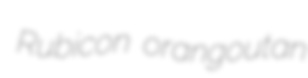
Rubicon orangoutan